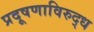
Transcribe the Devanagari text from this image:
प्रदूषणाविरुद्ध